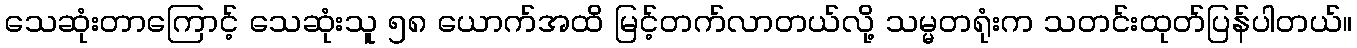
သေဆုံးတာကြောင့် သေဆုံးသူ ၅၈ ယောက်အထိ မြင့်တက်လာတယ်လို့ သမ္မတရုံးက သတင်းထုတ်ပြန်ပါတယ်။